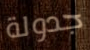
جدولة